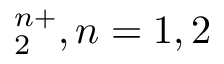
_ 2 ^ { n + } , n = 1 , 2